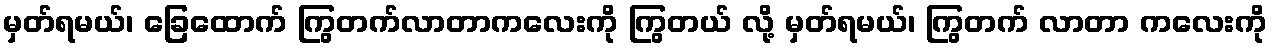
မှတ်ရမယ်၊ ခြေထောက် ကြွတက်လာတာကလေးကို ကြွတယ် လို့ မှတ်ရမယ်၊ ကြွတက် လာတာ ကလေးကို